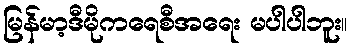
မြန်မာ့ဒီမိုကရေစီအရေး မပါပါဘူး။